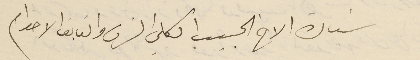
سَيادة الأخ الحبيب الكلي الشرف والفايق الاحترام